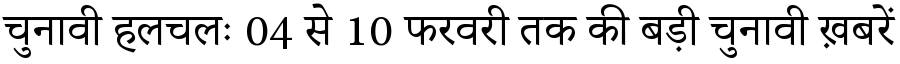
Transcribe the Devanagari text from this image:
चुनावी हलचलः 04 से 10 फरवरी तक की बड़ी चुनावी ख़बरें